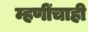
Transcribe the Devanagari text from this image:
म्हणींचाही